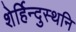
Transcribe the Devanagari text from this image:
शेर्हिन्दुस्थनि